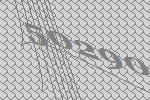
50290